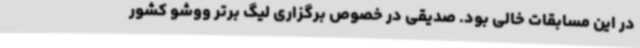
در این مسابقات خالی بود. صدیقی در خصوص برگزاری لیگ برتر ووشو کشور